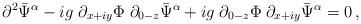
LaTeX: \begin{align*} \partial^2 \bar\Psi^\alpha - ig \; \partial_{x+iy} \Phi \; \partial_{0-z} \bar\Psi^\alpha + ig \; \partial_{0-z} \Phi \; \partial_{x+iy} \bar\Psi^\alpha = 0 \,,\end{align*}